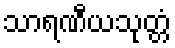
သာရဏီယသုတ္တံ